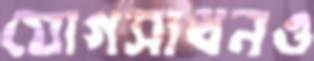
যোগসাধনও